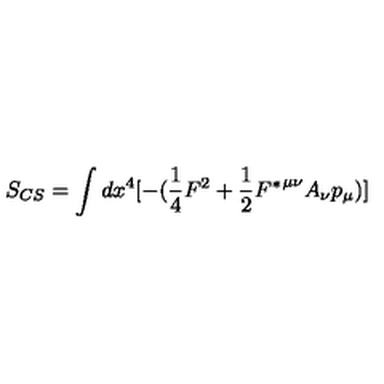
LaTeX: S _ { C S } = \int { d x ^ { 4 } [ - ( \frac { 1 } { 4 } F ^ { 2 } + \frac { 1 } { 2 } { F ^ { * } } ^ { { \mu } { \nu } } A _ { { \nu } } p _ { \mu } ) ] }